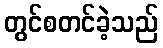
တွင်စတင်ခဲ့သည်